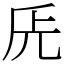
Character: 兏